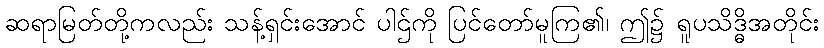
ဆရာမြတ်တို့ကလည်း သန့်ရှင်းအောင် ပါဌ်ကို ပြင်တော်မူကြ၏၊ ဤ၌ ရူပသိဒ္ဓိအတိုင်း